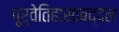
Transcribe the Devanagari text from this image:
पूर्वेतिहासाबद्दल